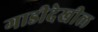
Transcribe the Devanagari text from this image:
गाडीदेखील